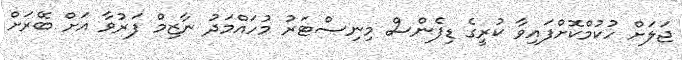
ޖަލަށް ހުކުމްކޮށްފައިވާ ކުރީގެ ޑިފެންސް މިނިސްޓަރު މުހައްމަދު ނާޒިމް ފަރުވާ އަށް ބޭރަށް